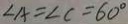
\angle A = \angle C = 6 0 ^ { \circ }